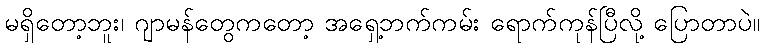
မရှိတော့ဘူး၊ ဂျာမန်တွေကတော့ အရှေ့ဘက်ကမ်း ရောက်ကုန်ပြီလို့ ပြောတာပဲ။